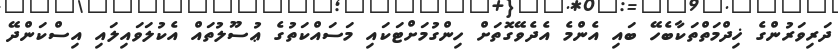
ދަރިވަރުންގެ ޚިދްމަތްތަކާބެހޭ ބައި އެންމެ އެދެވޭގޮތަށް ހިންގުމަށްޓަކައި މަސައްކަތުގެ ޢުސޫލުތައް އެކުލަވައިލައި އިސްކަންދޭ